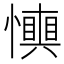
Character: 𢤋